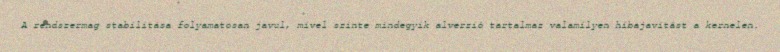
A rendszermag stabilitása folyamatosan javul, mivel szinte mindegyik alverzió tartalmaz valamilyen hibajavítást a kernelen.